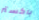
باكستر